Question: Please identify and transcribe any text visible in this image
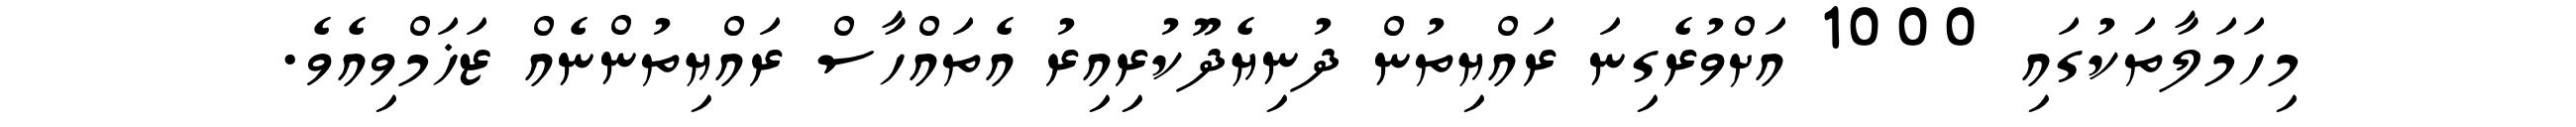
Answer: މިހަމަލާތަކުގައި 1000 އަށްވުރެގިނަ ރައްޔިތުން ދުނިޔެދޫކުރިއިރު އެތައްހާސް ރައްޔިތުންނެއް ޒަޚަމްވިއެވެ.